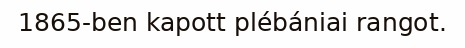
1865-ben kapott plébániai rangot.